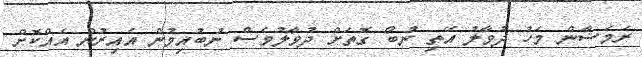
ރަމަޟާން މަހު ދުވާލު އޭތި ނުބޯ ގޮތަށް ދުވާލުވެސް ނުބުއިމުން އެއިރުން އެއްކޮށް